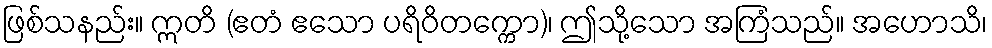
ဖြစ်သနည်း။ ဣတိ (ဧတံ ဧသော ပရိဝိတက္ကော)၊ ဤသို့သော အကြံသည်။ အဟောသိ၊